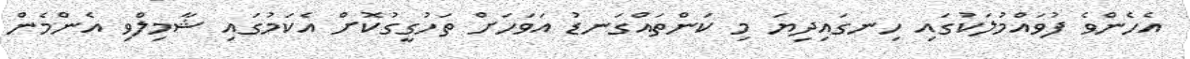
އެހެންވެ ފުވައްމުލަކުގައި ހިނގައިދިޔަ މި ކަންތައްގަނޑު އަވަހަށް ތަހުގީގުކޮށް އެކަމުގައި ޝާމިލްވި އެންމެން